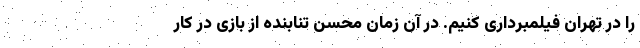
را در تهران فیلمبرداری کنیم. در آن زمان محسن تنابنده از بازی در کار